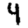
Digit: 4